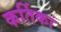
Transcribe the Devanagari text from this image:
कर्तिका